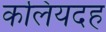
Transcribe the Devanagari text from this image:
कलियदह